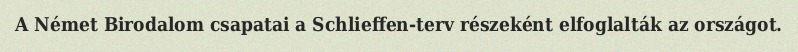
A Német Birodalom csapatai a Schlieffen-terv részeként elfoglalták az országot.